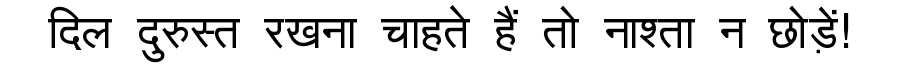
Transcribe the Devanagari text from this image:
दिल दुरुस्त रखना चाहते हैं तो नाश्ता न छोड़ें!